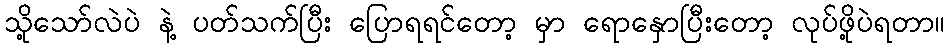
သို့သော်လဲပဲ နဲ့ ပတ်သက်ပြီး ပြောရရင်တော့ မှာ ရောနှောပြီးတော့ လုပ်ဖို့ပဲရတာ။